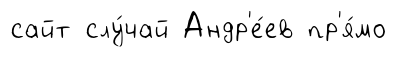
сайт слу́чай Андр'е́ев пр'я́мо